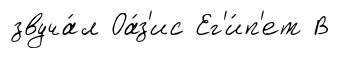
звуча́л Оа́з'ис Ег'и́п'ет В